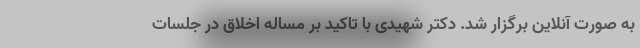
به صورت آنلاین برگزار شد. دکتر شهیدی با تاکید بر مساله اخلاق در جلسات